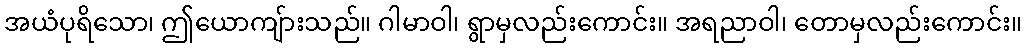
အယံပုရိသော၊ ဤယောကျ်ားသည်။ ဂါမာဝါ၊ ရွာမှလည်းကောင်း။ အရညာဝါ၊ တောမှလည်းကောင်း။